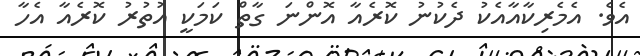
އެވެ. އެމެރިކާއާއެކު ދެކުނު ކޮރެއާ އޮންނަ ގާތް ކަމަކީ އުތުރު ކޮރެއާ އެހާ